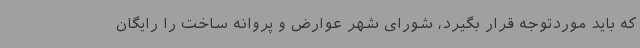
که باید موردتوجه قرار بگیرد، شورای شهر عوارض و پروانه ساخت را رایگان